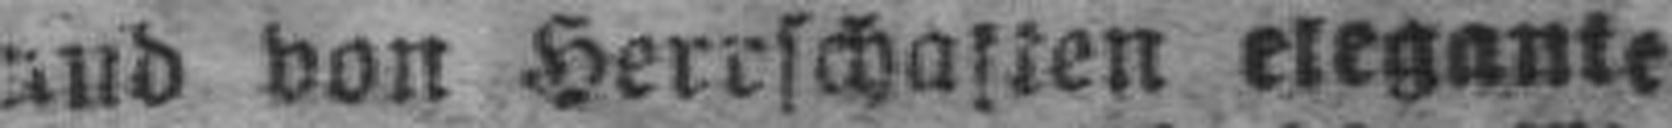
und von Herrschaften elegante